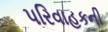
પરિવાહકની